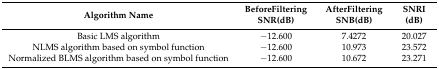
<table><thead><tr><td><b>Algorithm Name</b></td><td><b>BeforeFiltering SNR(dB)</b></td><td><b>AfterFiltering SNB(dB)</b></td><td><b>SNRI (dB)</b></td></tr></thead><tbody><tr><td>Basic LMS algorithm</td><td>−12.600</td><td>7.4272</td><td>20.027</td></tr><tr><td>NLMS algorithm based on symbol function</td><td>−12.600</td><td>10.973</td><td>23.572</td></tr><tr><td>Normalized BLMS algorithm based on symbol function</td><td>−12.600</td><td>10.672</td><td>23.271</td></tr></tbody></table>